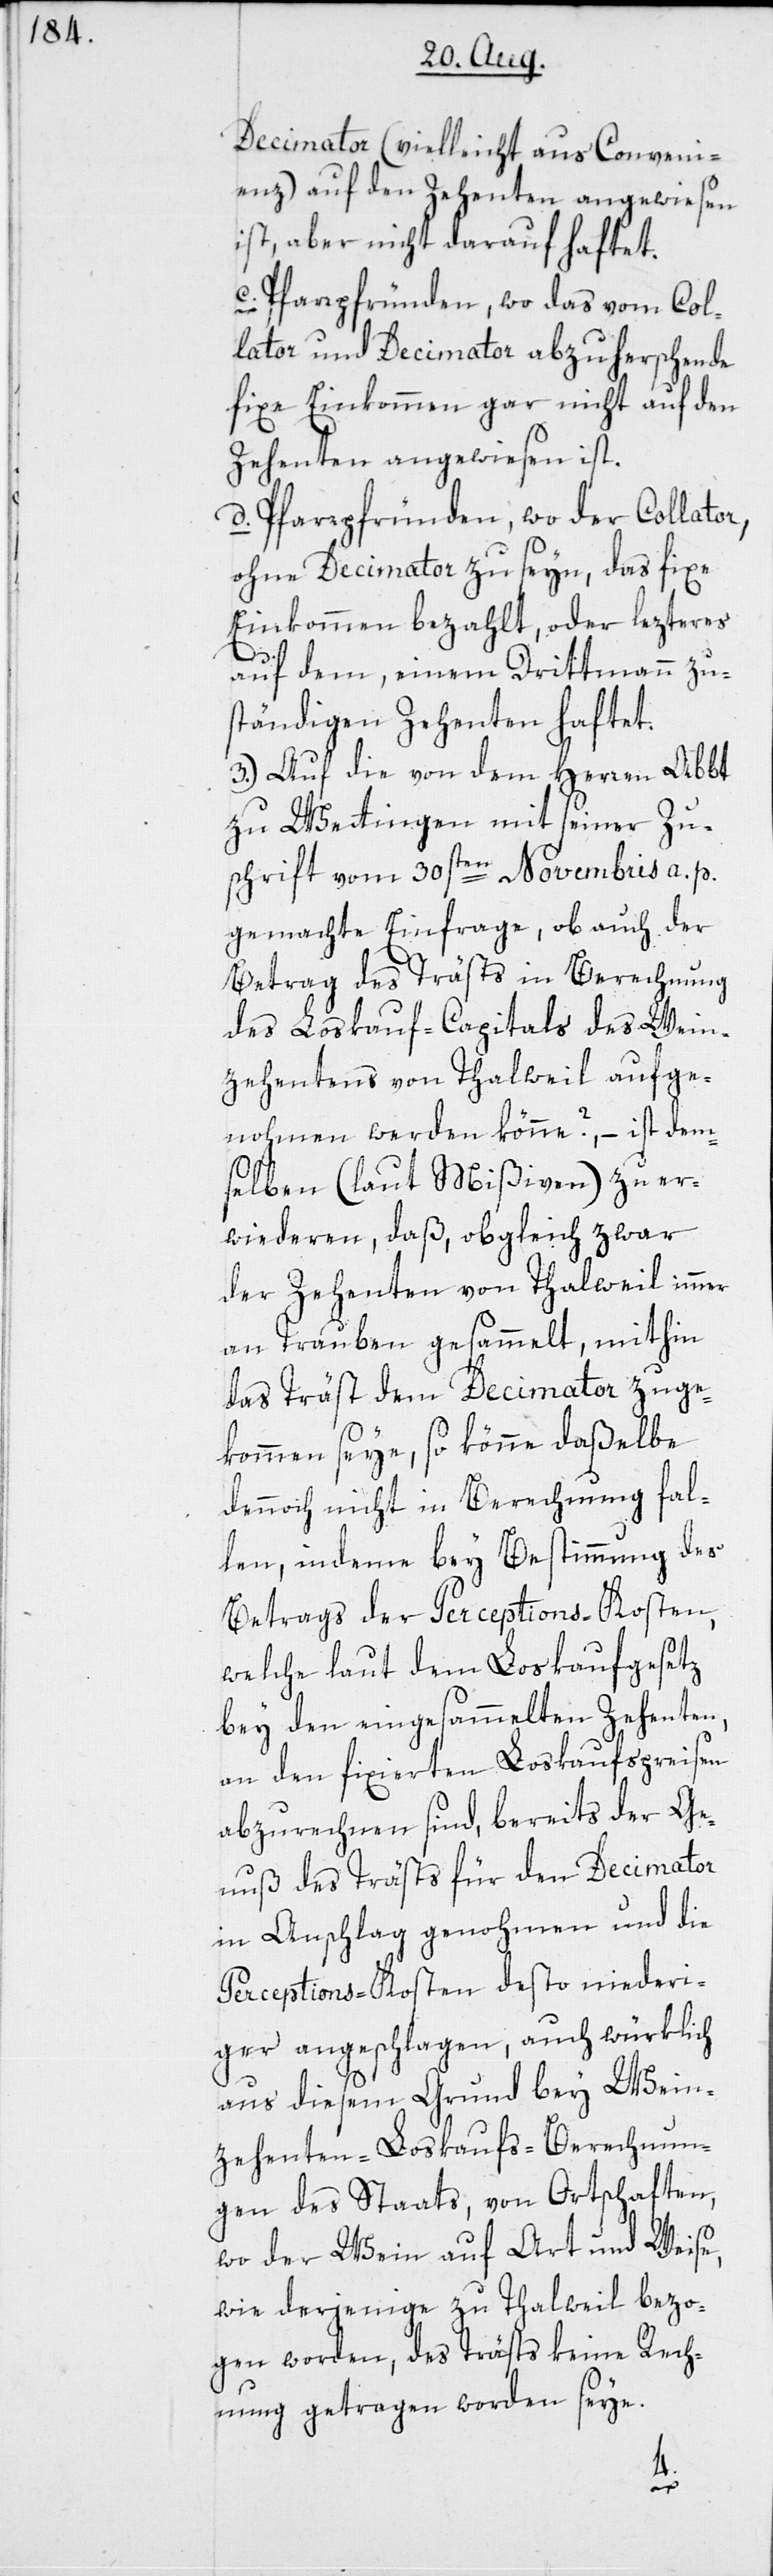
Decimator (vielleicht aus Conveni¬
enz) auf den Zehenten angewiesen
ist, aber nicht darauf haftet.
c. Pfarrpfründen, wo das vom Col¬
lator und Decimator abzuherrschende
fixe Einkommen gar nicht auf den
Zehenten angewiesen ist.
d. Pfarrpfründen, wo der Collator,
ohne Decimator zu seyn, das fixe
Einkommen bezahlt, oder lezteres
auf dem, einem Drittmann zu¬
ständigen Zehenten haftet.
3.) Auf die von dem Herren Abbt
zu Wettingen mit seiner Zu¬
schrift vom 30sten Novembris a. p.
gemachte Einfrage, ob auch der
Betrag des Trästs in Berechnung
des Loskauf-Capitals des Wein¬
zehentens von Thalweil aufge¬
nohmen werden könne?, – ist dem¬
selben (laut Mißiven) zu er¬
wiederen, daß obgleich zwar
der Zehenten von Thalweil immer
an Trauben gesammelt, mithin
das Träst dem Decimator zuge¬
kommen seye, so könne daßelbe
dennoch nicht in Berechnung fal¬
len, indeme bey Bestimmung des
Betrags der Perceptions-Kosten,
welche laut dem Loskaufgesetz
bey den eingesammelten Zehenten,
an den fixierten Loskaufspreisen
abzurechnen sind, bereits der Ge¬
nuß des Trästs für den Decimator
in Anschlag genohmen und die
Perceptions-Kosten desto niederi¬
ger angeschlagen, auch würklich
aus diesem Grund bey Wein¬
zehenten-Loskaufs-Berechnun¬
gen des Staats, von Ortschaften,
wo der Wein auf Art und Weise,
wie derjenige zu Thalweil bezo¬
gen worden, des Trästs keine Rech¬
nung getragen worden seye.